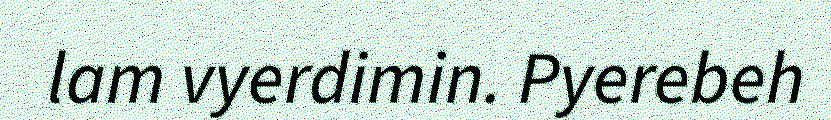
lam vyerdimin. Pyerebeh